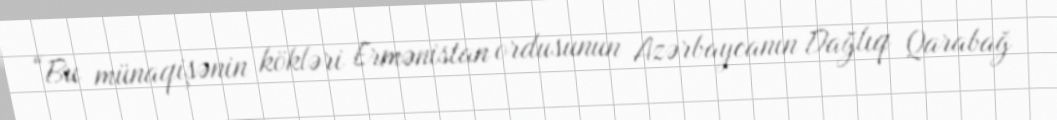
“Bu münaqişənin kökləri Ermənistan ordusunun Azərbaycanın Dağlıq Qarabağ